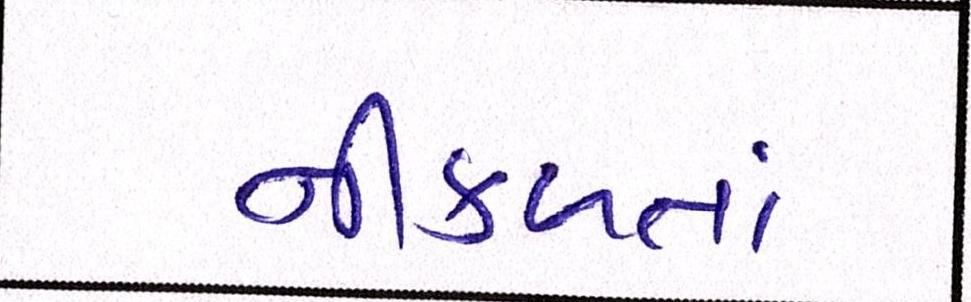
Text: નીળક્તાં